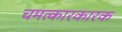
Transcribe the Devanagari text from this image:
चमत्कारकारक